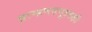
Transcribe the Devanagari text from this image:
ब्राम्हणसमूहलक्षी